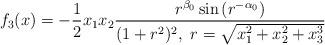
LaTeX: \begin{align*}f_3(x)=-\frac{1}{2}x_1x_2\frac{r^{\beta_0}\sin\left(r^{-\alpha_0}\right)}{(1+r^2)^2,~ r=\sqrt{x_1^2+x_2^2+x_3^3}}\end{align*}